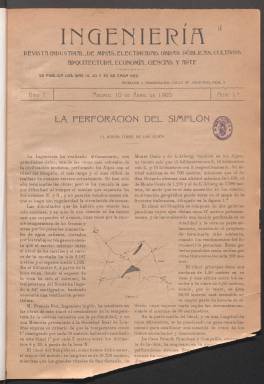
Título: Ingeniería (Madrid. 1905)
Colección: Ciencias
Ámbito geográfico: Madrid
Lugar de publicación: Madrid
Fechas: 10/04/1905-10/03/1933